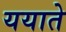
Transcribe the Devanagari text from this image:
ययाते